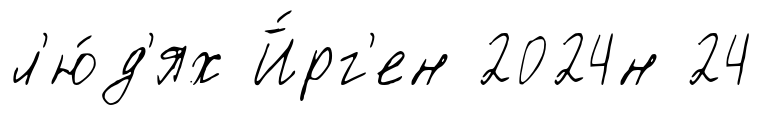
л'ю́д'ях Й́рг'ен 2024н 24